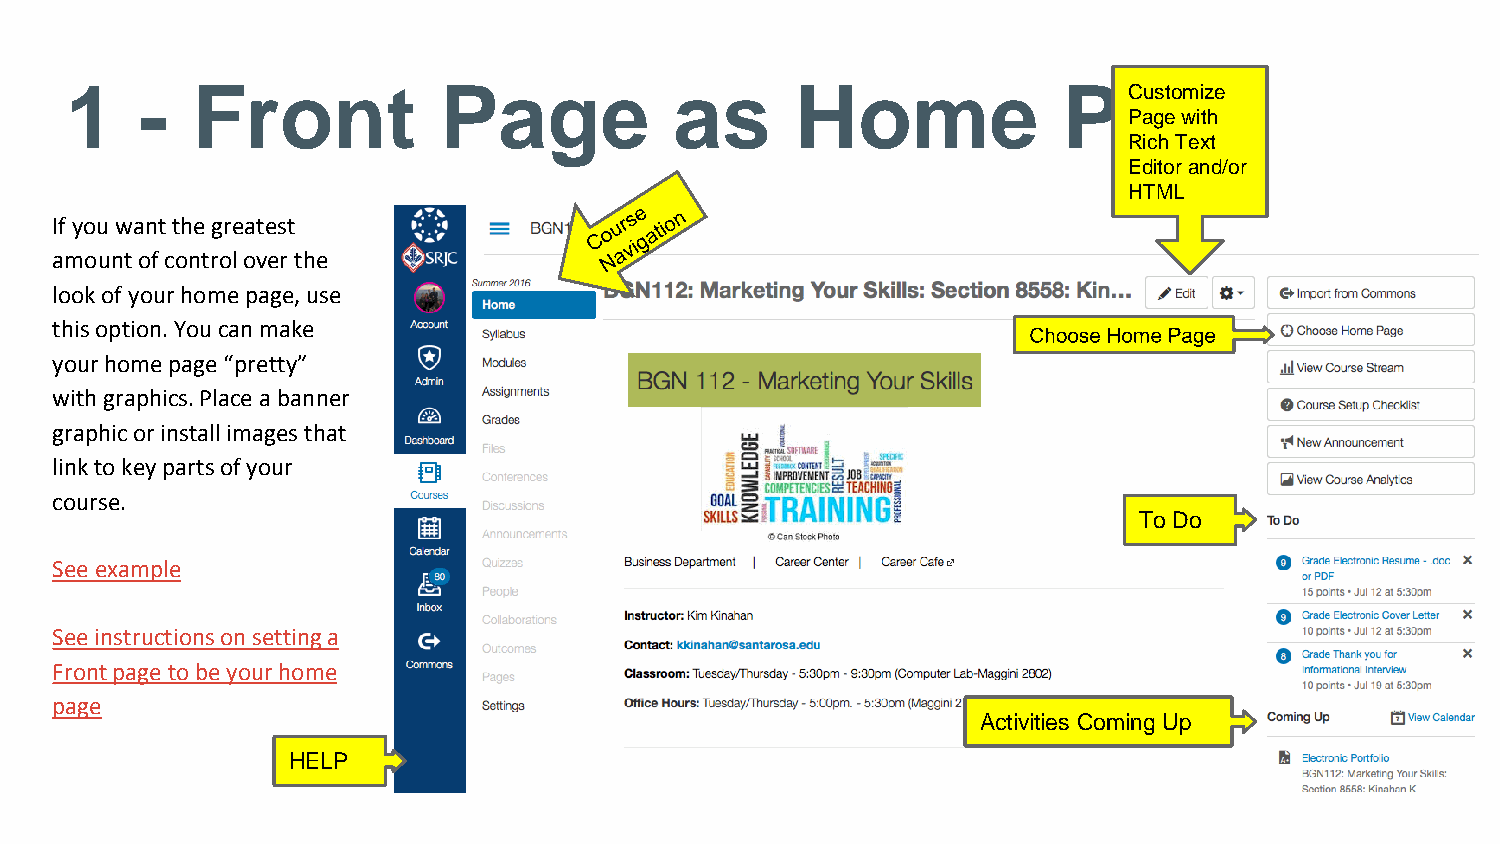
Customize
 1    -   Front           Page            as      Home             Page
 Page with
 Rich Text
 Editor and/or
 HTML
 If you want the greatest
 amount of control over the
 look of your home page, use
 this option. You can make
 your home page “pretty”
 with graphics. Place a banner
 graphic or install images that
 link to key parts of your
 course.
 To Do
 See example
 See instructions on setting a
 Front page to be your home
 page
 Activities Coming Up
 HELP